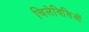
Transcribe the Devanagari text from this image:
चिलेविसिओं